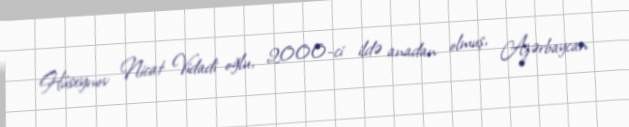
Hüseynov Nicat Vidadi oğlu, 2000-ci ildə anadan olmuş, Azərbaycan